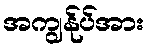
အကျွန်ုပ်အား